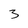
Character: 3